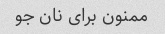
ممنون برای نان جو